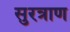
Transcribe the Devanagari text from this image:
सुरत्राण